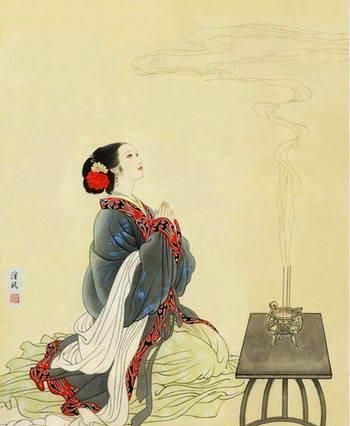
上言加餐食，下言长相忆。